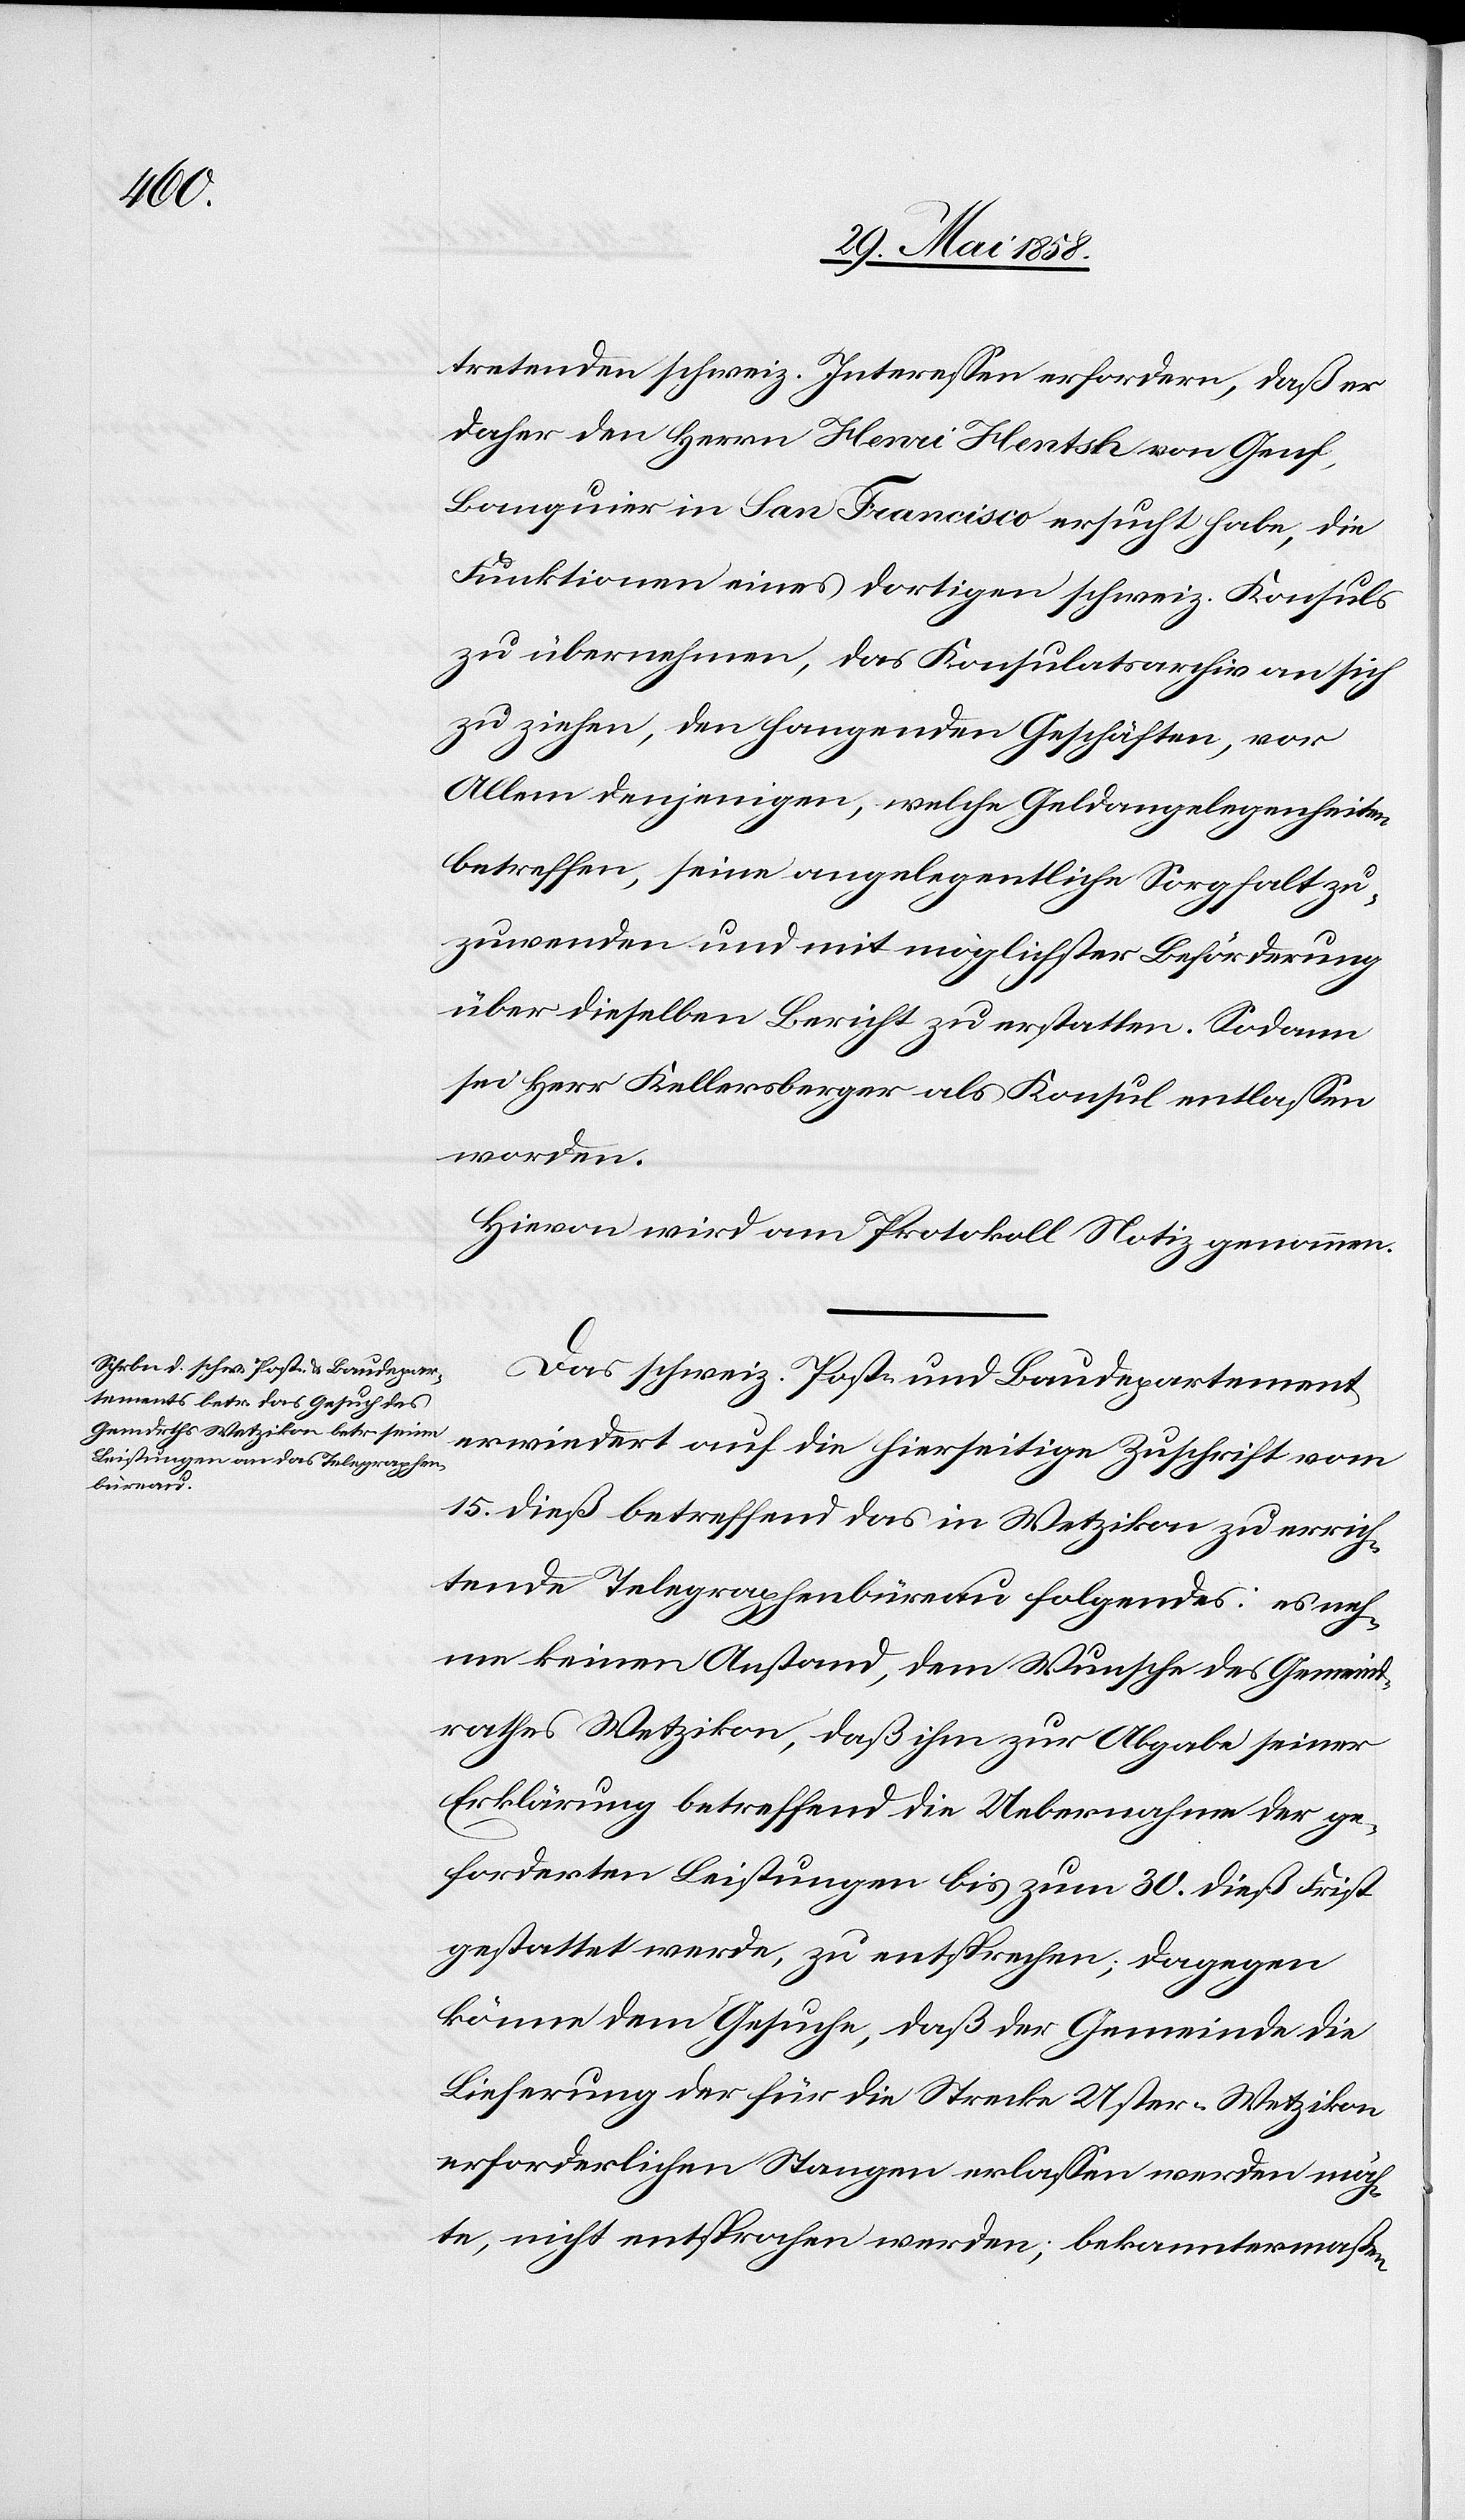
tretenden schweiz. Interessen erfordern, daß er
daher den Herrn Henri Hents[c]h von Genf,
Banquier in San Francisco ersucht habe, die
Funktionen eines dortigen schweiz. Konsuls
zu übernehmen, das Konsulatsarchiv an sich
zu ziehen, den hangenden Geschäften, vor
Allem denjenigen, welche Geldangelegenheiten
betreffen, seine angelegentliche Sorgfalt zu¬
zuwenden und mit möglichster Beförderung
über dieselben Bericht zu erstatten. Sodann
sei Herr Kellersberger als Konsul entlassen
worden.
Hievon wird am Protokoll Notiz genommen.
Das schweiz. Post- und Baudepartement
erwiedert auf die hierseitige Zuschrift vom
15. dieß betreffend das in Wetzikon zu errich¬
tende Telegraphenbüreau folgendes: es neh¬
me keinen Anstand, dem Wunsche des Gemeind¬
rathes Wetzikon, daß ihm zur Abgabe seiner
Erklärung betreffend die Uebernahme der ge¬
forderten Leistungen bis zum 30. dieß Frist
gestattet werde, zu entsprechen; dagegen
könne dem Gesuche, daß der Gemeinde die
Lieferung der für die Strecke Uster–Wetzikon
erforderlichen Stangen erlassen werden möch¬
te, nicht entsprochen werden; bekanntermaßen